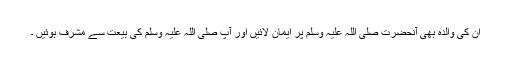
ان کی والدہ بھی آنحضرت صلی اللہ علیہ وسلم پر ایمان لائیں اور آپ صلی اللہ علیہ وسلم کی بیعت سے مشرف ہوئیں ۔